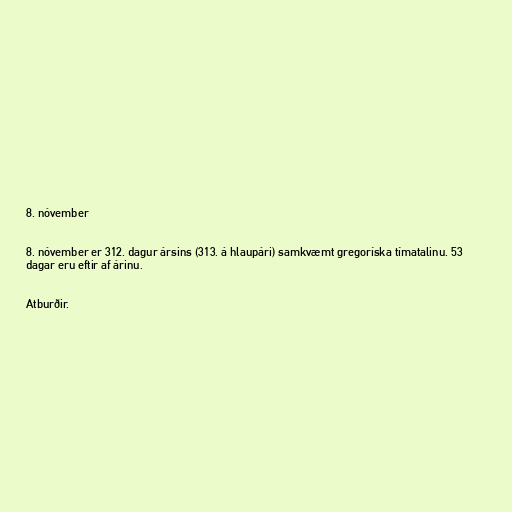
8. nóvember

8. nóvember er 312. dagur ársins (313. á hlaupári) samkvæmt gregoríska tímatalinu. 53
dagar eru eftir af árinu.

Atburðir.